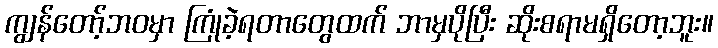
ကျွန်တော့်ဘဝမှာ ကြုံခဲ့ရတာတွေထက် ဘာမှပိုပြီး ဆိုးစရာမရှိတော့ဘူး။